Enquiry on enteric fever in India - Number 32
Disease focus: Fever
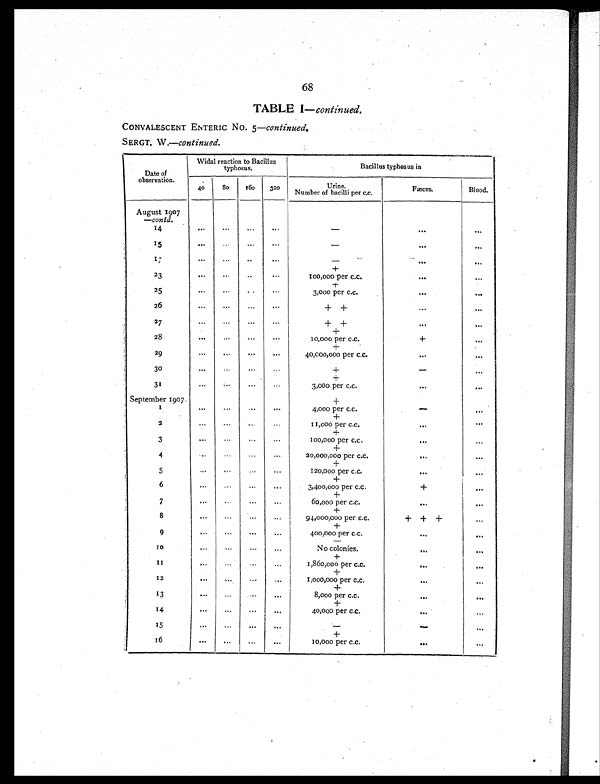
68
TABLE I— continued.
CONVALESCENT ENTERIC NO. 5—continued.
SERGT. W.—continued.
Date of
observation.
Widal reaction to Bacillus
typhosus.
Bacillus typhosus in
40
80
160 320
Urine.
Number of bacilli per c.c.
Fæces.
Blood.
August 1907
—contd.
14
. . .
. . . ...
. . .
-
. . .
. . .
15
. . .
. . . ...
. . .
-
. . .
. . .
17
. . .
...
...
. . .
-
. . .
. . .
+
23
...
...
...
...
100,000 per c.c.
. . .
...
+
25
...
...
...
. . .
3,000 per c.c.
. . .
. . .
26
...
...
...
. . .
+ +
...
. . .
27
...
...
...
...
+ +
...
...
+
28
. . .
. . . ...
. . .
10,000 per c.c.
+
...
+
29
...
...
... . . .
40,000,000 per c.c.
. . .
...
30
. . .
. . . ...
...
+
-
...
+
3 1
...
. . . ...
...
3,000 per c.c.
...
. . .
September 1907.
+
1
. . .
. . . ...
. . .
4,000 per c.c.
-
...
+
2 ...
...
...
...
11,000 per c.c.
. . .
. . .
+
3
. . .
. . .
. . .
. . .
100,000 per c.c.
. . .
...
+
4
. . .
. . .
. . .
. . .
20,000,000 per c.c.
. . .
. . .
+
5
. . .
...
...
. . .
120,000 per c.c.
. . .
...
+
6
. . .
. . .
. . .
. . .
3,400,000 per c.c.
+
. . .
+
7
. . .
. . .
. . .
...
60,000 per c.c.
. . .
...
+
8
. . .
...
. . .
...
94,000,000 per c.c.
+ + +
. . .
+
9
...
. . .
. . .
...
400,000 per c.c.
...
...
-
1 0
...
...
. . .
...
No colonies.
...
. . .
+
1 1
...
...
. . .
...
1,860,000 per c.c.
. . .
. . .
+
12
. . .
. . .
...
...
1,000,000 per c.c.
...
...
+
1 3
. . .
. . .
. . .
...
8,000 per c.c.
. . .
. . .
+
14
. . .
...
. . .
...
40,000 per c.c.
. . .
. . .
15
. . .
. . .
...
...
- -
. . .
+
16
...
. . .
...
...
10,000 per c.c.
. . .
...